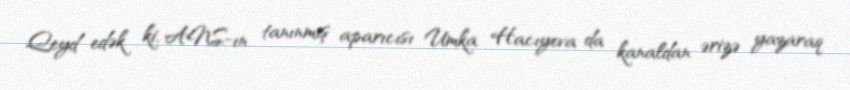
Qeyd edək ki, ANS-ın tanınmış aparıcısı Umka Hacıyeva da kanaldan ərizə yazaraq